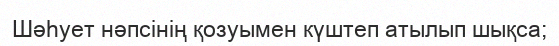
Шәһует нәпсінің қозуымен күштеп атылып шықса;